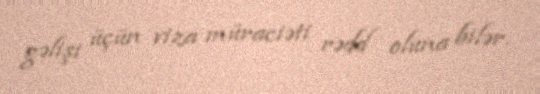
gəlişi üçün viza müraciəti rədd oluna bilər.